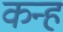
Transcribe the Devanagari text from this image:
कन्ह